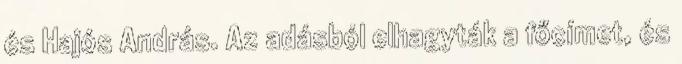
és Hajós András. Az adásból elhagyták a főcímet, és